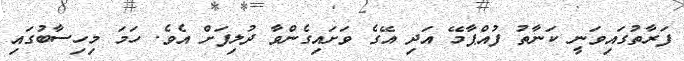
ފަރާތުގައިވަނީ ކަނާތު ފުއްޕާމޭ އަދި އޭގެ ވަށައިގެންވާ ދުލިފަށް އެވެ. ހަމަ މިހިސާބުގައި